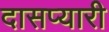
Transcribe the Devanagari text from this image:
दासप्यारी